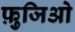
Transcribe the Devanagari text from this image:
फ़ुजिओ